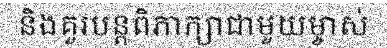
និងគួរបន្តពិភាក្សាជាមួយម្ចាស់